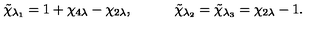
\tilde { \chi } _ { \lambda _ { 1 } } = 1 + \chi _ { 4 \lambda } - \chi _ { 2 \lambda } , \quad \qquad \tilde { \chi } _ { \lambda _ { 2 } } = \tilde { \chi } _ { \lambda _ { 3 } } = \chi _ { 2 \lambda } - 1 { } .